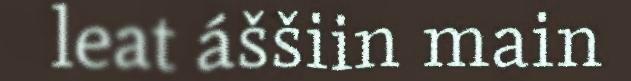
leat áššiin main